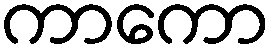
ကာကော